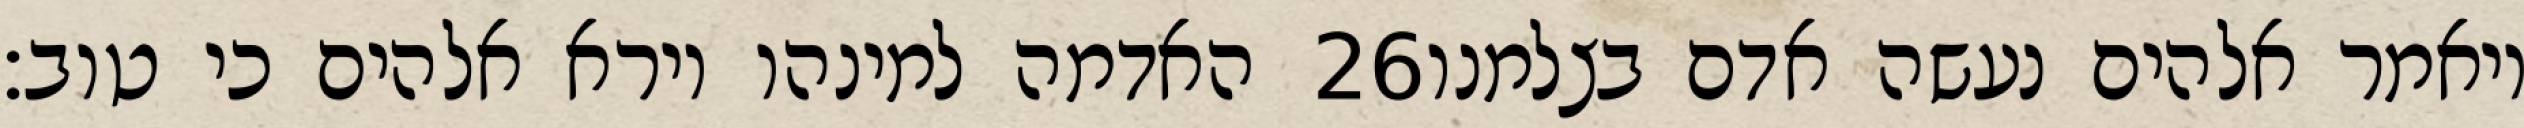
האדמה למינהו וירא אלהים כי טוב׃ ‎26‏ ויאמר אלהים נעשה אדם בצלמנו